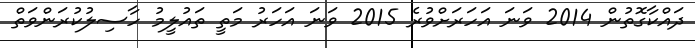
ދައްކާގޮތުން 2014 ވަނަ އަހަރަށްވުރެ 2015 ވަނަ އަހަރު މަތީ ތައުލީމު ހާސިލުކުރަންވަތް